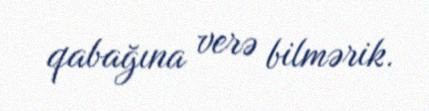
qabağına verə bilmərik.